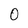
Character: 0